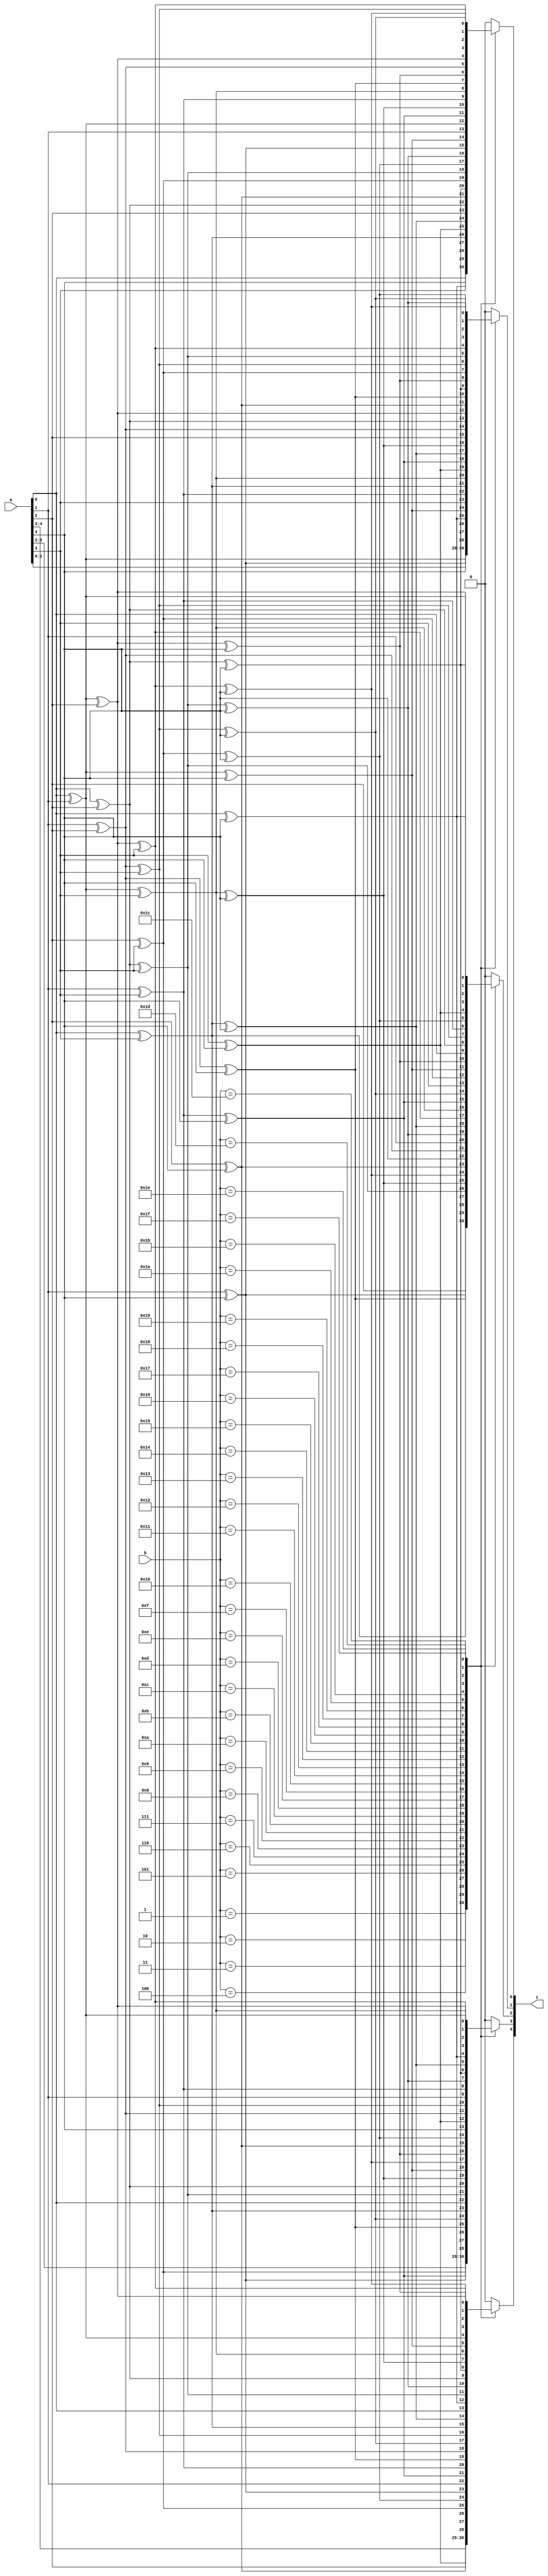
`timescale 1ns/100ps
module gf32mul_dec(
    input       [4:0] a,
    input       [4:0] b,
    output  reg [4:0] z
);
always @(*)
begin
    case (b)
        5'd1:
            begin
                z[0] = a[0];
                z[1] = a[1];
                z[2] = a[2];
                z[3] = a[3];
                z[4] = a[4];
            end
        5'd2:
            begin
                z[0] = a[4];
                z[1] = a[0];
                z[2] = a[1] ^ a[4];
                z[3] = a[2];
                z[4] = a[3];
            end
        5'd3:
            begin
                z[0] = a[0] ^ a[4];
                z[1] = a[0] ^ a[1];
                z[2] = a[1] ^ a[2] ^ a[4];
                z[3] = a[2] ^ a[3];
                z[4] = a[3] ^ a[4];
            end
        5'd4:
            begin
                z[0] = a[3];
                z[1] = a[4];
                z[2] = a[0] ^ a[3];
                z[3] = a[1] ^ a[4];
                z[4] = a[2];
            end
        5'd5:
            begin
                z[0] = a[0] ^ a[3];
                z[1] = a[1] ^ a[4];
                z[2] = a[0] ^ a[2] ^ a[3];
                z[3] = a[1] ^ a[3] ^ a[4];
                z[4] = a[2] ^ a[4];
            end
        5'd6:
            begin
                z[0] = a[3] ^ a[4];
                z[1] = a[0] ^ a[4];
                z[2] = a[0] ^ a[1] ^ a[3] ^ a[4];
                z[3] = a[1] ^ a[2] ^ a[4];
                z[4] = a[2] ^ a[3];
            end
        5'd7:
            begin
                z[0] = a[0] ^ a[3] ^ a[4];
                z[1] = a[0] ^ a[1] ^ a[4];
                z[2] = a[0] ^ a[1] ^ a[2] ^ a[3] ^ a[4];
                z[3] = a[1] ^ a[2] ^ a[3] ^ a[4];
                z[4] = a[2] ^ a[3] ^ a[4];
            end
        5'd8:
            begin
                z[0] = a[2];
                z[1] = a[3];
                z[2] = a[2] ^ a[4];
                z[3] = a[0] ^ a[3];
                z[4] = a[1] ^ a[4];
            end
        5'd9:
            begin
                z[0] = a[0] ^ a[2];
                z[1] = a[1] ^ a[3];
                z[2] = a[4];
                z[3] = a[0];
                z[4] = a[1];
            end
        5'd10:
            begin
                z[0] = a[2] ^ a[4];
                z[1] = a[0] ^ a[3];
                z[2] = a[1] ^ a[2];
                z[3] = a[0] ^ a[2] ^ a[3];
                z[4] = a[1] ^ a[3] ^ a[4];
            end
        5'd11:
            begin
                z[0] = a[0] ^ a[2] ^ a[4];
                z[1] = a[0] ^ a[1] ^ a[3];
                z[2] = a[1];
                z[3] = a[0] ^ a[2];
                z[4] = a[1] ^ a[3];
            end
        5'd12:
            begin
                z[0] = a[2] ^ a[3];
                z[1] = a[3] ^ a[4];
                z[2] = a[0] ^ a[2] ^ a[3] ^ a[4];
                z[3] = a[0] ^ a[1] ^ a[3] ^ a[4];
                z[4] = a[1] ^ a[2] ^ a[4];
            end
        5'd13:
            begin
                z[0] = a[0] ^ a[2] ^ a[3];
                z[1] = a[1] ^ a[3] ^ a[4];
                z[2] = a[0] ^ a[3] ^ a[4];
                z[3] = a[0] ^ a[1] ^ a[4];
                z[4] = a[1] ^ a[2];
            end
        5'd14:
            begin
                z[0] = a[2] ^ a[3] ^ a[4];
                z[1] = a[0] ^ a[3] ^ a[4];
                z[2] = a[0] ^ a[1] ^ a[2] ^ a[3];
                z[3] = a[0] ^ a[1] ^ a[2] ^ a[3] ^ a[4];
                z[4] = a[1] ^ a[2] ^ a[3] ^ a[4];
            end
        5'd15:
            begin
                z[0] = a[0] ^ a[2] ^ a[3] ^ a[4];
                z[1] = a[0] ^ a[1] ^ a[3] ^ a[4];
                z[2] = a[0] ^ a[1] ^ a[3];
                z[3] = a[0] ^ a[1] ^ a[2] ^ a[4];
                z[4] = a[1] ^ a[2] ^ a[3];
            end
        5'd16:
            begin
                z[0] = a[1] ^ a[4];
                z[1] = a[2];
                z[2] = a[1] ^ a[3] ^ a[4];
                z[3] = a[2] ^ a[4];
                z[4] = a[0] ^ a[3];
            end
        5'd17:
            begin
                z[0] = a[0] ^ a[1] ^ a[4];
                z[1] = a[1] ^ a[2];
                z[2] = a[1] ^ a[2] ^ a[3] ^ a[4];
                z[3] = a[2] ^ a[3] ^ a[4];
                z[4] = a[0] ^ a[3] ^ a[4];
            end
        5'd18:
            begin
                z[0] = a[1];
                z[1] = a[0] ^ a[2];
                z[2] = a[3];
                z[3] = a[4];
                z[4] = a[0];
            end
        5'd19:
            begin
                z[0] = a[0] ^ a[1];
                z[1] = a[0] ^ a[1] ^ a[2];
                z[2] = a[2] ^ a[3];
                z[3] = a[3] ^ a[4];
                z[4] = a[0] ^ a[4];
            end
        5'd20:
            begin
                z[0] = a[1] ^ a[3] ^ a[4];
                z[1] = a[2] ^ a[4];
                z[2] = a[0] ^ a[1] ^ a[4];
                z[3] = a[1] ^ a[2];
                z[4] = a[0] ^ a[2] ^ a[3];
            end
        5'd21:
            begin
                z[0] = a[0] ^ a[1] ^ a[3] ^ a[4];
                z[1] = a[1] ^ a[2] ^ a[4];
                z[2] = a[0] ^ a[1] ^ a[2] ^ a[4];
                z[3] = a[1] ^ a[2] ^ a[3];
                z[4] = a[0] ^ a[2] ^ a[3] ^ a[4];
            end
        5'd22:
            begin
                z[0] = a[1] ^ a[3];
                z[1] = a[0] ^ a[2] ^ a[4];
                z[2] = a[0];
                z[3] = a[1];
                z[4] = a[0] ^ a[2];
            end
        5'd23:
            begin
                z[0] = a[0] ^ a[1] ^ a[3];
                z[1] = a[0] ^ a[1] ^ a[2] ^ a[4];
                z[2] = a[0] ^ a[2];
                z[3] = a[1] ^ a[3];
                z[4] = a[0] ^ a[2] ^ a[4];
            end
        5'd24:
            begin
                z[0] = a[1] ^ a[2] ^ a[4];
                z[1] = a[2] ^ a[3];
                z[2] = a[1] ^ a[2] ^ a[3];
                z[3] = a[0] ^ a[2] ^ a[3] ^ a[4];
                z[4] = a[0] ^ a[1] ^ a[3] ^ a[4];
            end
        5'd25:
            begin
                z[0] = a[0] ^ a[1] ^ a[2] ^ a[4];
                z[1] = a[1] ^ a[2] ^ a[3];
                z[2] = a[1] ^ a[3];
                z[3] = a[0] ^ a[2] ^ a[4];
                z[4] = a[0] ^ a[1] ^ a[3];
            end
        5'd26:
            begin
                z[0] = a[1] ^ a[2];
                z[1] = a[0] ^ a[2] ^ a[3];
                z[2] = a[2] ^ a[3] ^ a[4];
                z[3] = a[0] ^ a[3] ^ a[4];
                z[4] = a[0] ^ a[1] ^ a[4];
            end
        5'd27:
            begin
                z[0] = a[0] ^ a[1] ^ a[2];
                z[1] = a[0] ^ a[1] ^ a[2] ^ a[3];
                z[2] = a[3] ^ a[4];
                z[3] = a[0] ^ a[4];
                z[4] = a[0] ^ a[1];
            end
        5'd28:
            begin
                z[0] = a[1] ^ a[2] ^ a[3] ^ a[4];
                z[1] = a[2] ^ a[3] ^ a[4];
                z[2] = a[0] ^ a[1] ^ a[2];
                z[3] = a[0] ^ a[1] ^ a[2] ^ a[3];
                z[4] = a[0] ^ a[1] ^ a[2] ^ a[3] ^ a[4];
            end
        5'd29:
            begin
                z[0] = a[0] ^ a[1] ^ a[2] ^ a[3] ^ a[4];
                z[1] = a[1] ^ a[2] ^ a[3] ^ a[4];
                z[2] = a[0] ^ a[1];
                z[3] = a[0] ^ a[1] ^ a[2];
                z[4] = a[0] ^ a[1] ^ a[2] ^ a[3];
            end
        5'd30:
            begin
                z[0] = a[1] ^ a[2] ^ a[3];
                z[1] = a[0] ^ a[2] ^ a[3] ^ a[4];
                z[2] = a[0] ^ a[2] ^ a[4];
                z[3] = a[0] ^ a[1] ^ a[3];
                z[4] = a[0] ^ a[1] ^ a[2] ^ a[4];
            end
        5'd31:
            begin
                z[0] = a[0] ^ a[1] ^ a[2] ^ a[3];
                z[1] = a[0] ^ a[1] ^ a[2] ^ a[3] ^ a[4];
                z[2] = a[0] ^ a[4];
                z[3] = a[0] ^ a[1];
                z[4] = a[0] ^ a[1] ^ a[2];
            end
        default:
            begin
                z[0] = 0; 
                z[1] = 0; 
                z[2] = 0; 
                z[3] = 0; 
                z[4] = 0; 
            end
    endcase
end
endmodule